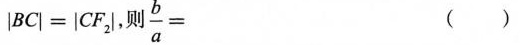
$$| B C | = | C F |$$，则 $$\frac { b } { a } =$$ ( )